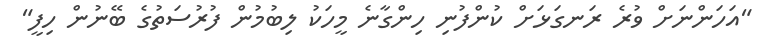
"އަހަންނަށް ވުރެ ރަނގަޅަށް ކުންފުނި ހިންގާނެ މީހަކު ލިބުމުން ފުރުސަތުގެ ބޭނުން ހިފީ"